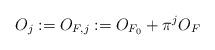
LaTeX: \begin{align*} O_j: = O_{F, j} := O_{F_0} + \pi^j O_{F}\end{align*}